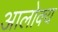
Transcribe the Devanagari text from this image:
आलोक्य